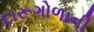
દારૂગોળાની